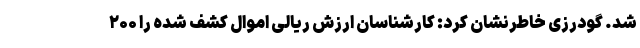
شد. گودرزی خاطرنشان کرد: کارشناسان ارزش ریالی اموال کشف شده را ۲۰۰